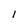
Character: 1